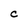
Character: C